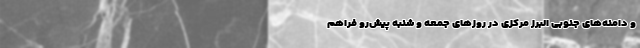
و دامنه‌های جنوبی البرز مرکزی در روزهای جمعه و شنبه پیشِ‌رو فراهم